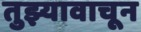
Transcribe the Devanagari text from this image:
तुझ्यावाचून